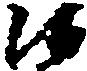
候